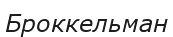
Броккельман